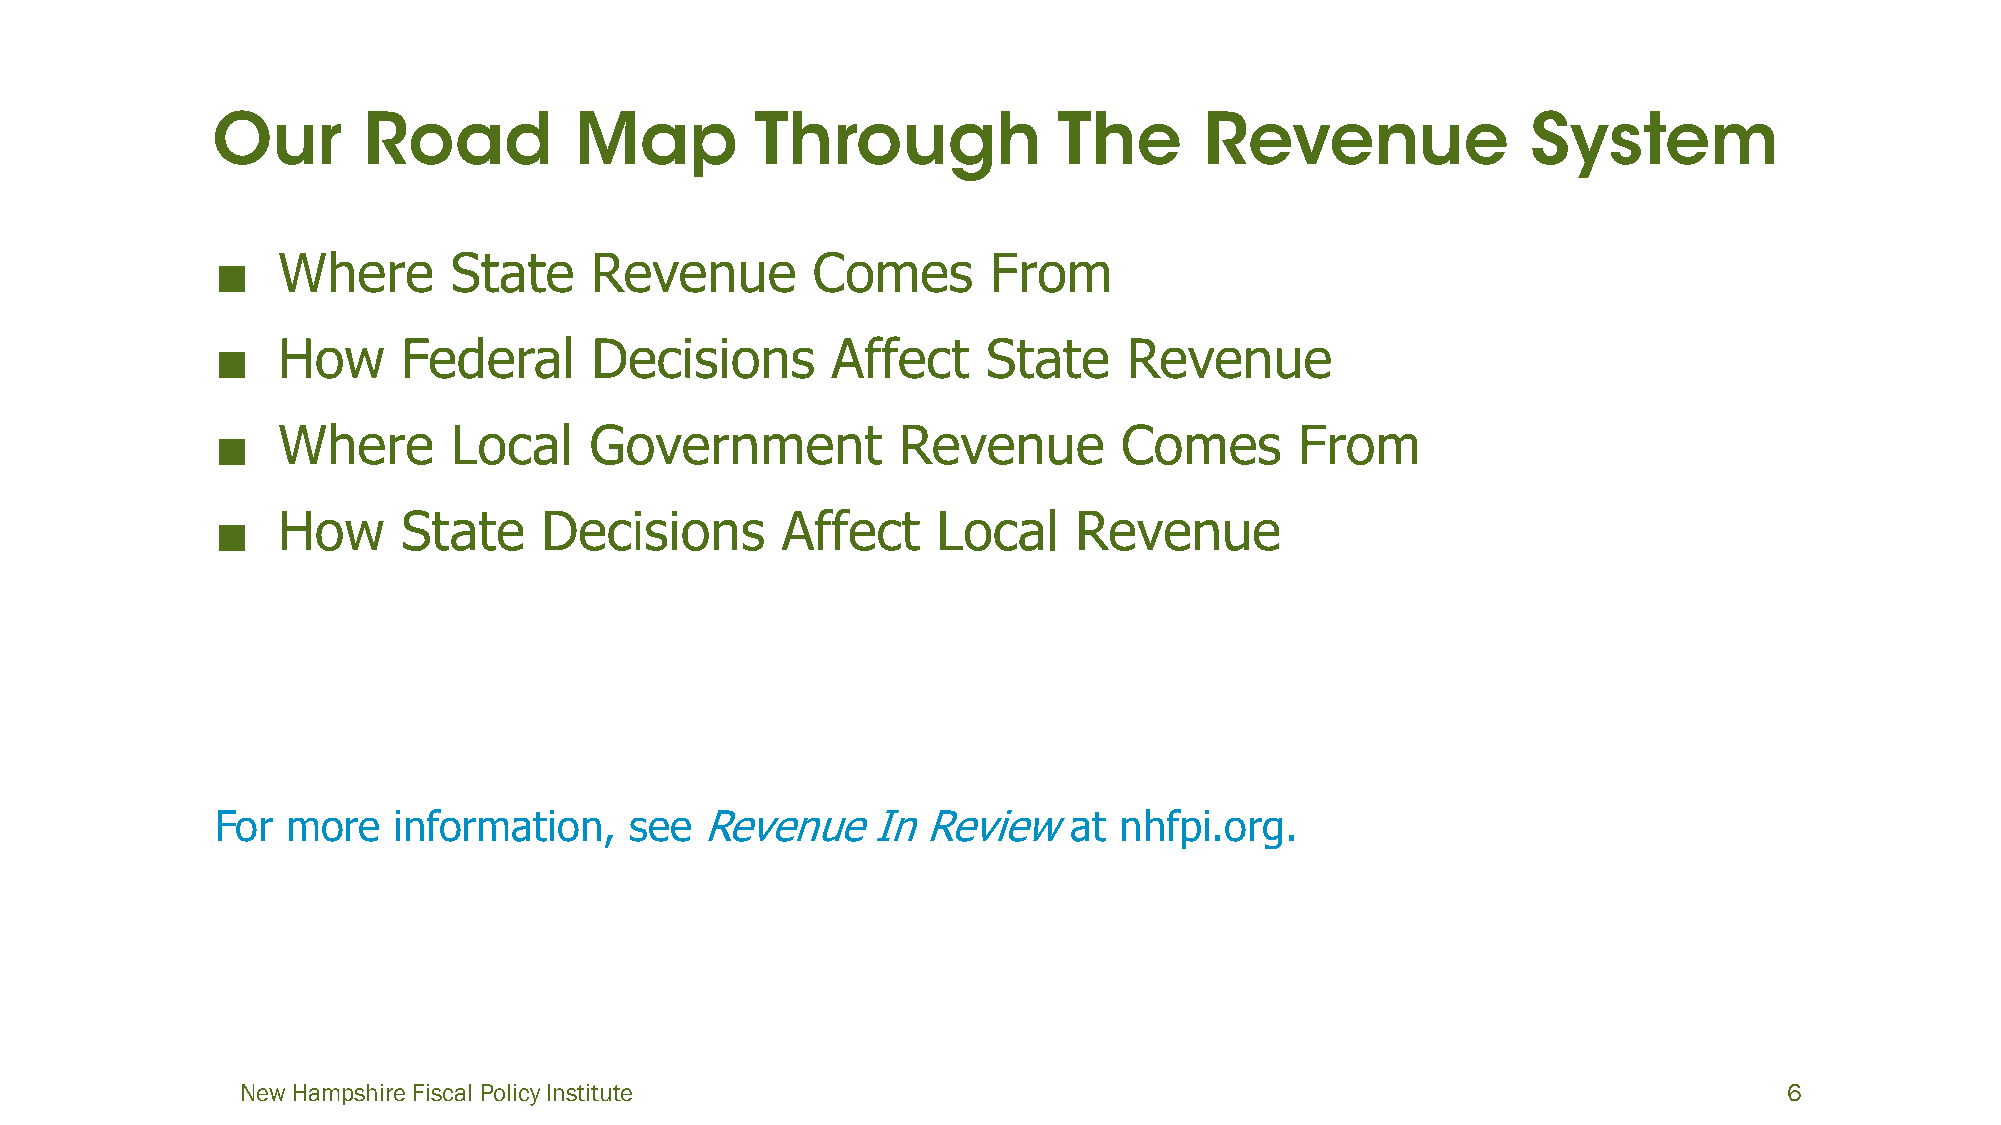
■   Where       State    Revenue        Comes      From
 ■   How      Federal     Decisions       Affect    State     Revenue
 ■   Where       Local    Government          Revenue        Comes       From
 ■   How      State    Decisions       Affect    Local    Revenue
 For  more   information,    see Revenue     In Reviewat     nhfpi.org.
 New Hampshire Fiscal Policy Institute                                                                 6